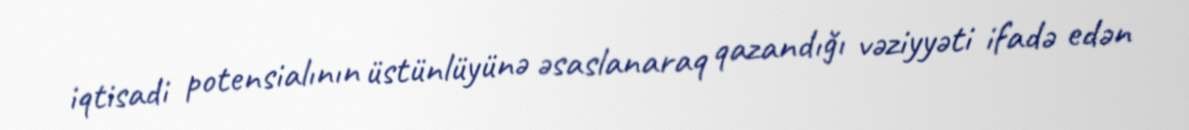
iqtisadi potensialının üstünlüyünə əsaslanaraq qazandığı vəziyyəti ifadə edən